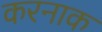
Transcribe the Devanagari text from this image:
करनाक